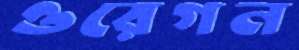
ওরেগন